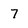
Character: 7